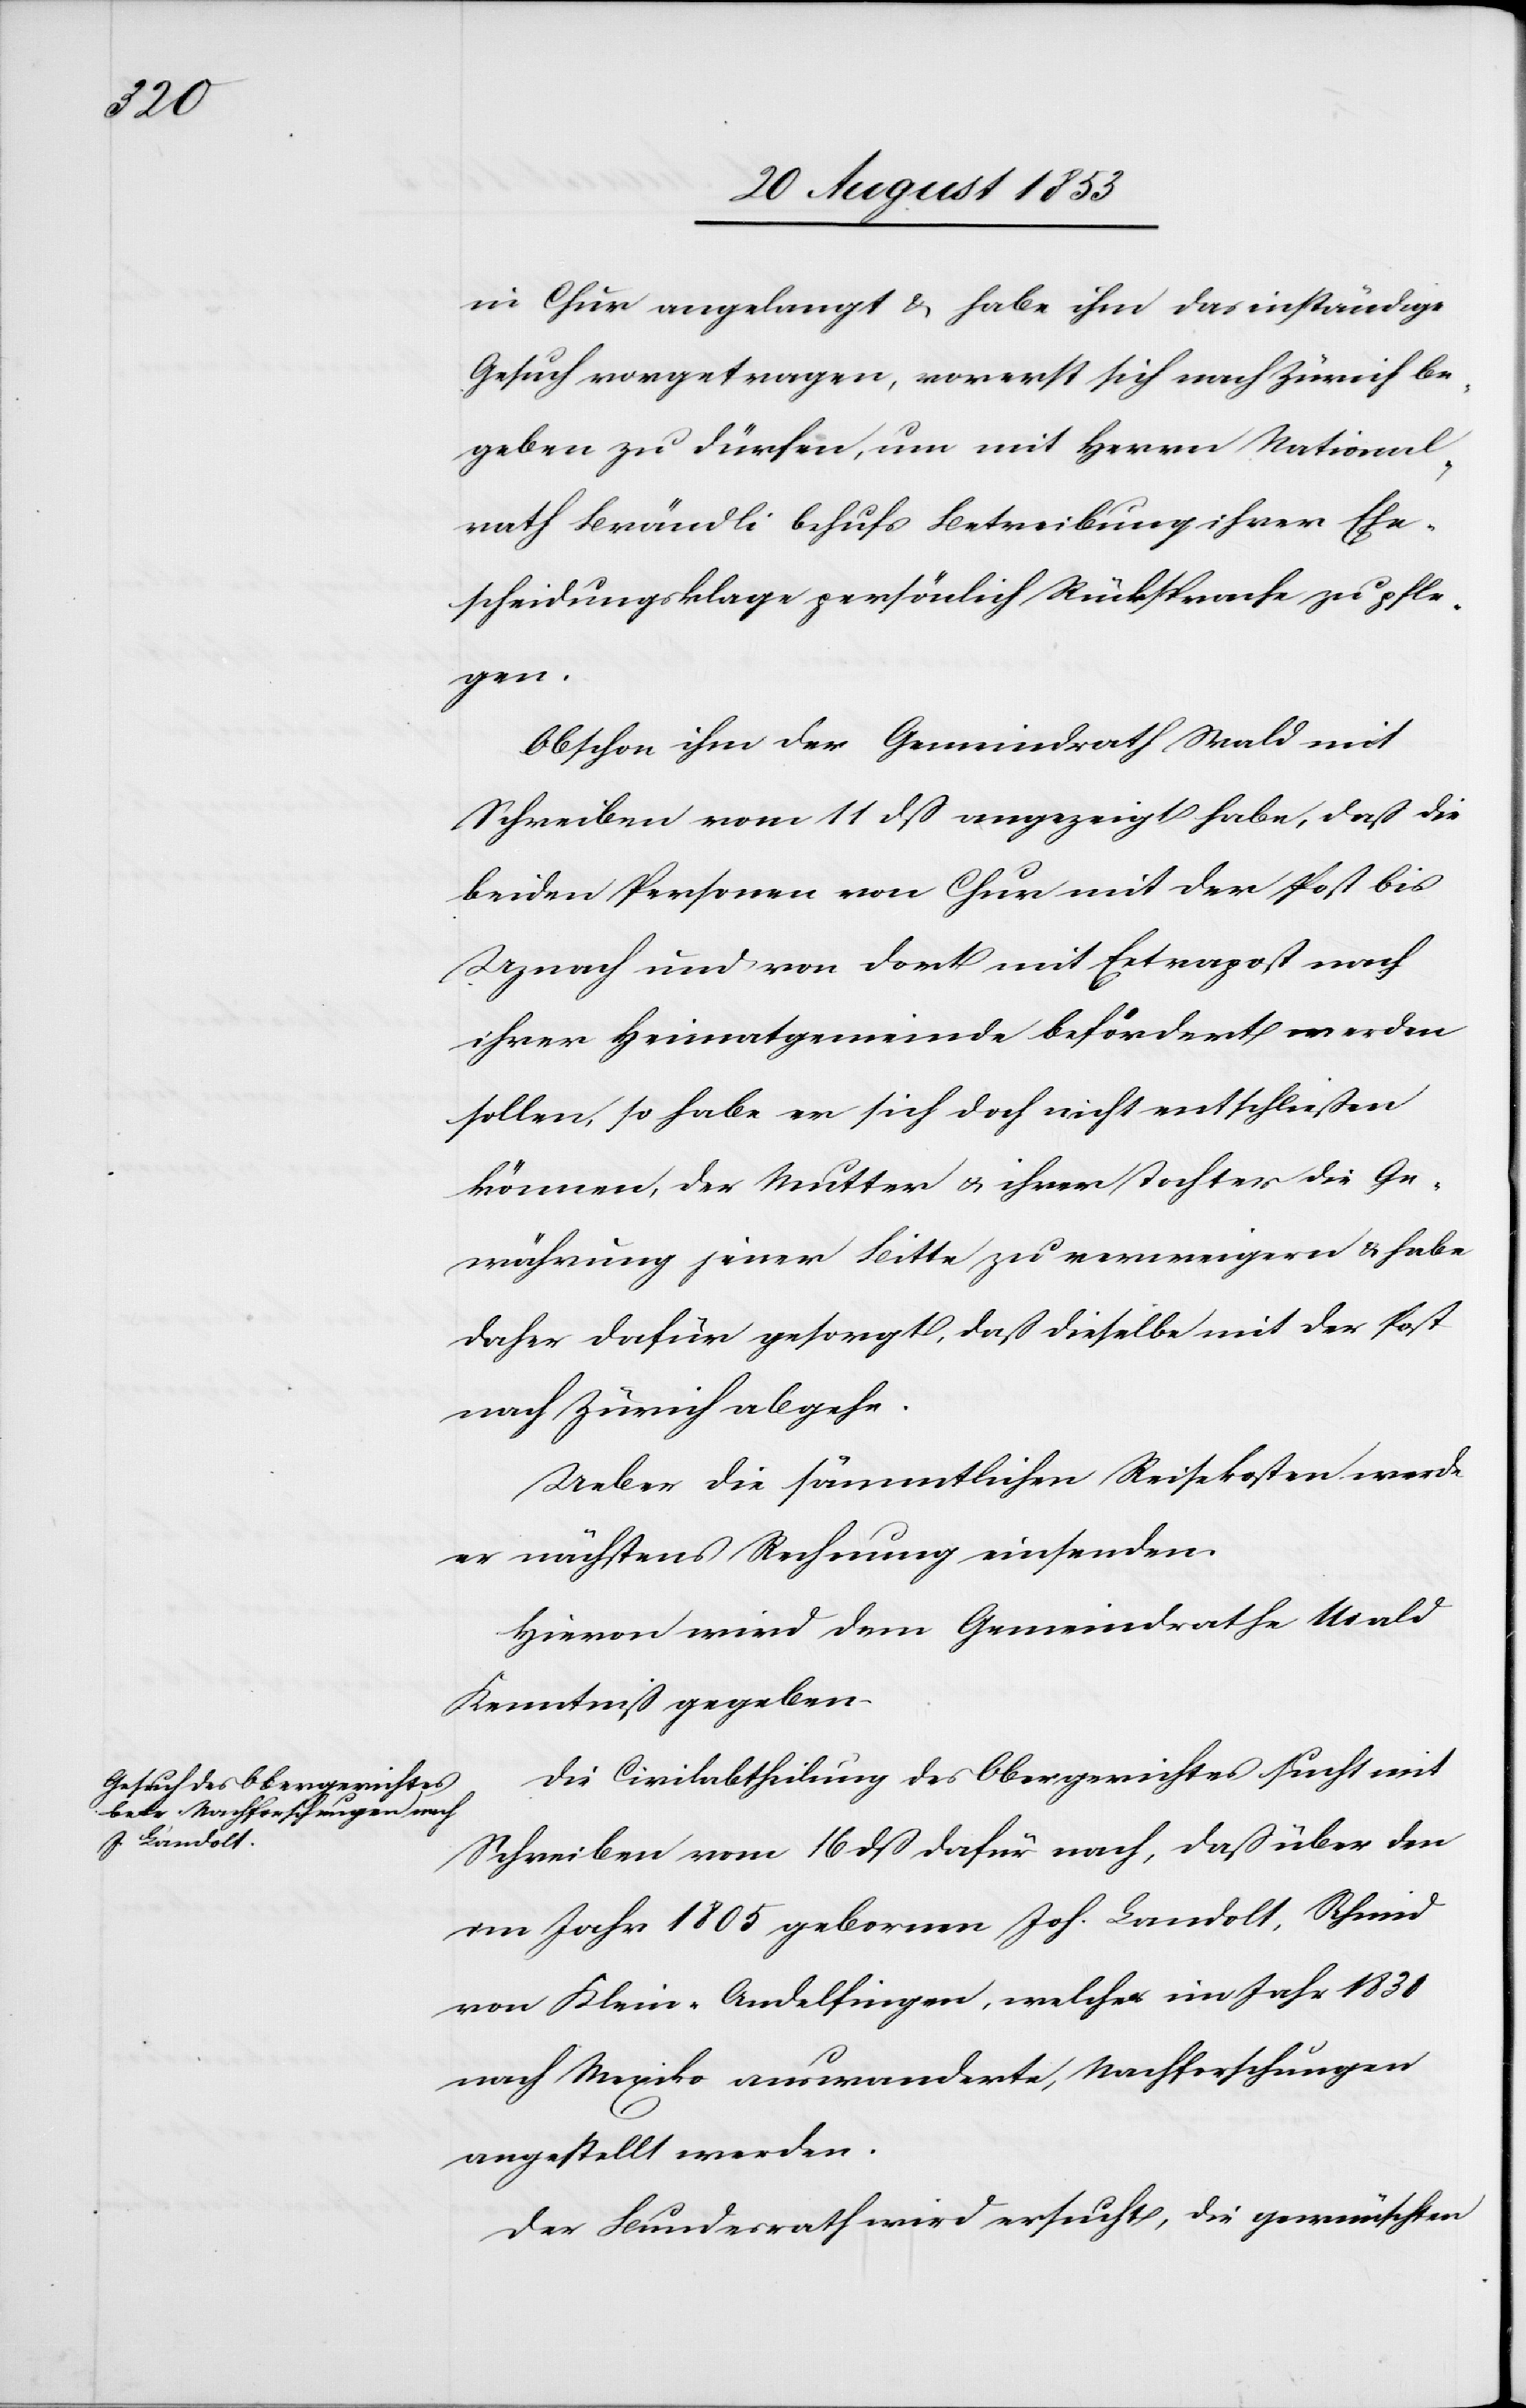
in Chur angelangt u. habe ihm das inständige
Gesuch vorgetragen, vorerst sich nach Zürich be¬
geben zu dürfen, um mit Herrn National¬
rath Brändli behufs Betreibung ihrer Ehe¬
scheidungsklage persönlich Rücksprache zu pfle¬
gen.
Obschon ihm der Gemeindrath Wald mit
Schreiben vom 11 dß angezeigt habe, daß die
beiden Personen von Chur mit der Post bis
Uznach und von dort mit Extrapost nach
ihrer Heimatgemeinde befördert werden
sollen, so habe er sich doch nicht entschließen
können, der Mutter u. ihrer Tochter die Ge¬
währung jener Bitte zu verweigern u. habe
daher dafür gesorgt, daß dieselbe mit der Post
nach Zürich ablege.
Ueber die sämmtlichen Reisekosten werde
er nächstens Rechnung einsenden.
Hievon wird dem Gemeindrathe Wald
Kenntniß gegeben.
Die Civilabtheilung des Obergerichtes sucht mit
Schreiben vom 16 dß dafür nach, daß über den
im Jahr 1805 gebornen Joh. Landolt, Schmid
von Klein-Andelfingen, welcher im Jahr 1831
nach Mexico auswanderte, Nachforschungen
angestellt werden.
Der Bundesrath wird ersucht, die gewünschten